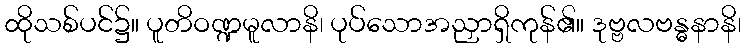
ထိုသစ်ပင်၌။ ပူတိဝဏ္ဍမူလာနိ၊ ပုပ်သောအညှာရှိကုန်၏။ ဒုဗ္ဗလဗန္ဓနာနိ၊